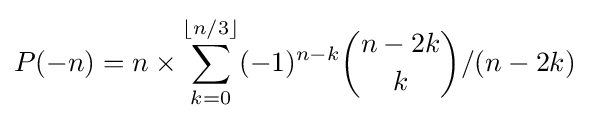
P(-n)=n\times \sum _{k=0}^{\lfloor n/3\rfloor }(-1)^{n-k}{\binom {n-2k}{k}}/(n-2k)